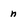
Character: n